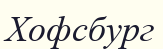
Хофсбург